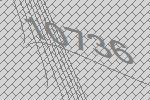
10736